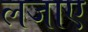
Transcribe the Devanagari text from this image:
लजाए